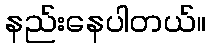
နည်းနေပါတယ်။